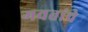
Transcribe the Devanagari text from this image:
गवतांचे